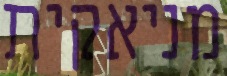
מניאקית